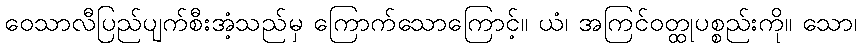
ဝေသာလီပြည်ပျက်စီးအံ့သည်မှ ကြောက်သောကြောင့်။ ယံ၊ အကြင်ဝတ္ထုပစ္စည်းကို။ သော၊